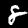
Digit: 8